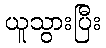
ယူသွားပြီး